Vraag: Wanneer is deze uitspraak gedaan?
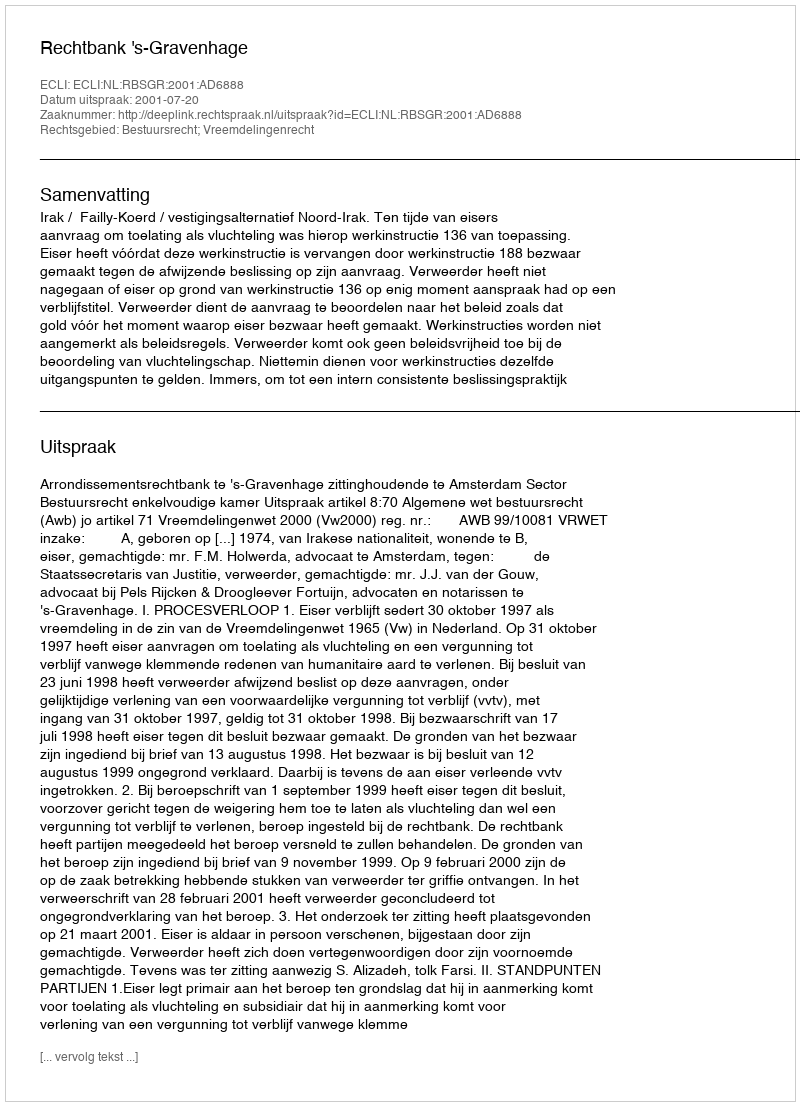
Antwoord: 2001-07-20